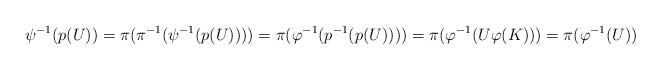
LaTeX: \begin{align*}\psi^{-1}(p(U))=\pi(\pi^{-1}(\psi^{-1}(p(U))))=\pi(\varphi^{-1}(p^{-1}(p(U))))=\pi(\varphi^{-1}(U\varphi(K)))=\pi(\varphi^{-1}(U))\end{align*}